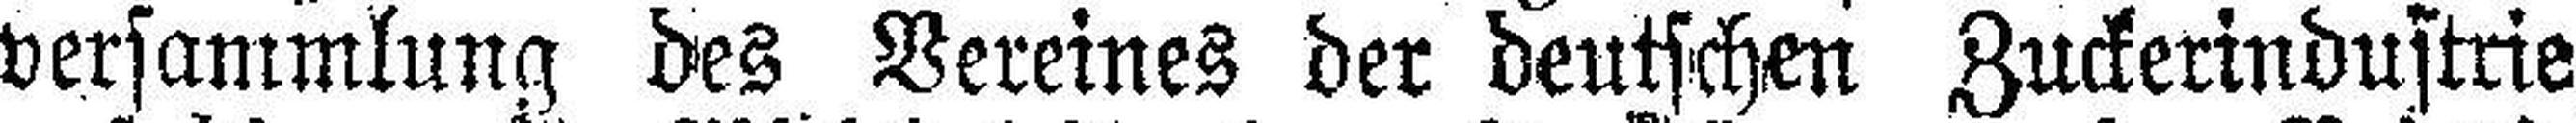
versammlung des Vereines der deutschen Zuckerindustrie